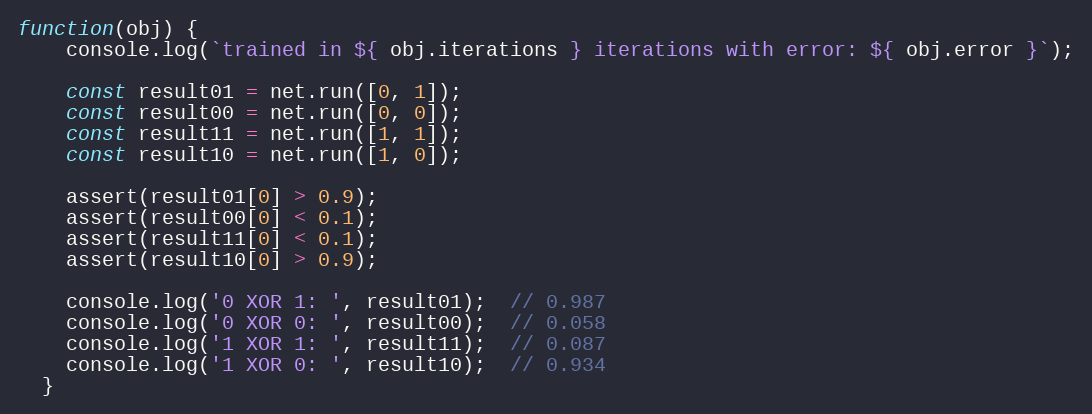
Language: JavaScript
function(obj) {
    console.log(`trained in ${ obj.iterations } iterations with error: ${ obj.error }`);

    const result01 = net.run([0, 1]);
    const result00 = net.run([0, 0]);
    const result11 = net.run([1, 1]);
    const result10 = net.run([1, 0]);

    assert(result01[0] > 0.9);
    assert(result00[0] < 0.1);
    assert(result11[0] < 0.1);
    assert(result10[0] > 0.9);

    console.log('0 XOR 1: ', result01);  // 0.987
    console.log('0 XOR 0: ', result00);  // 0.058
    console.log('1 XOR 1: ', result11);  // 0.087
    console.log('1 XOR 0: ', result10);  // 0.934
  }